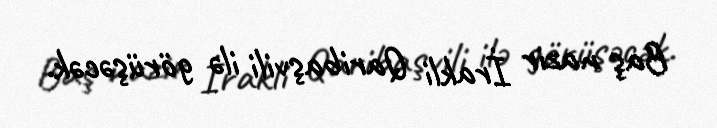
Baş nazir İrakli Qaribaşvili ilə görüşəcək.